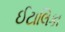
ઈટાલિકા